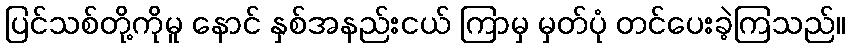
ပြင်သစ်တို့ကိုမူ နောင် နှစ်အနည်းငယ် ကြာမှ မှတ်ပုံ တင်ပေးခဲ့ကြသည်။